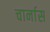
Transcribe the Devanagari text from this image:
चार्नास